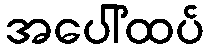
အပေါ်ထပ်